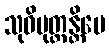
သုဝိမုတ္တန္တိပေ